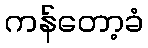
ကန်တော့ခံ